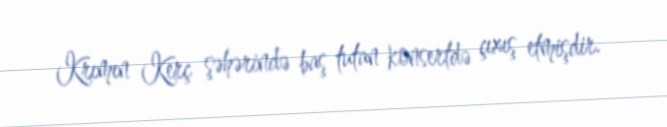
Krımın Kerç şəhərində baş tutan konsertdə çıxış etmişdir.